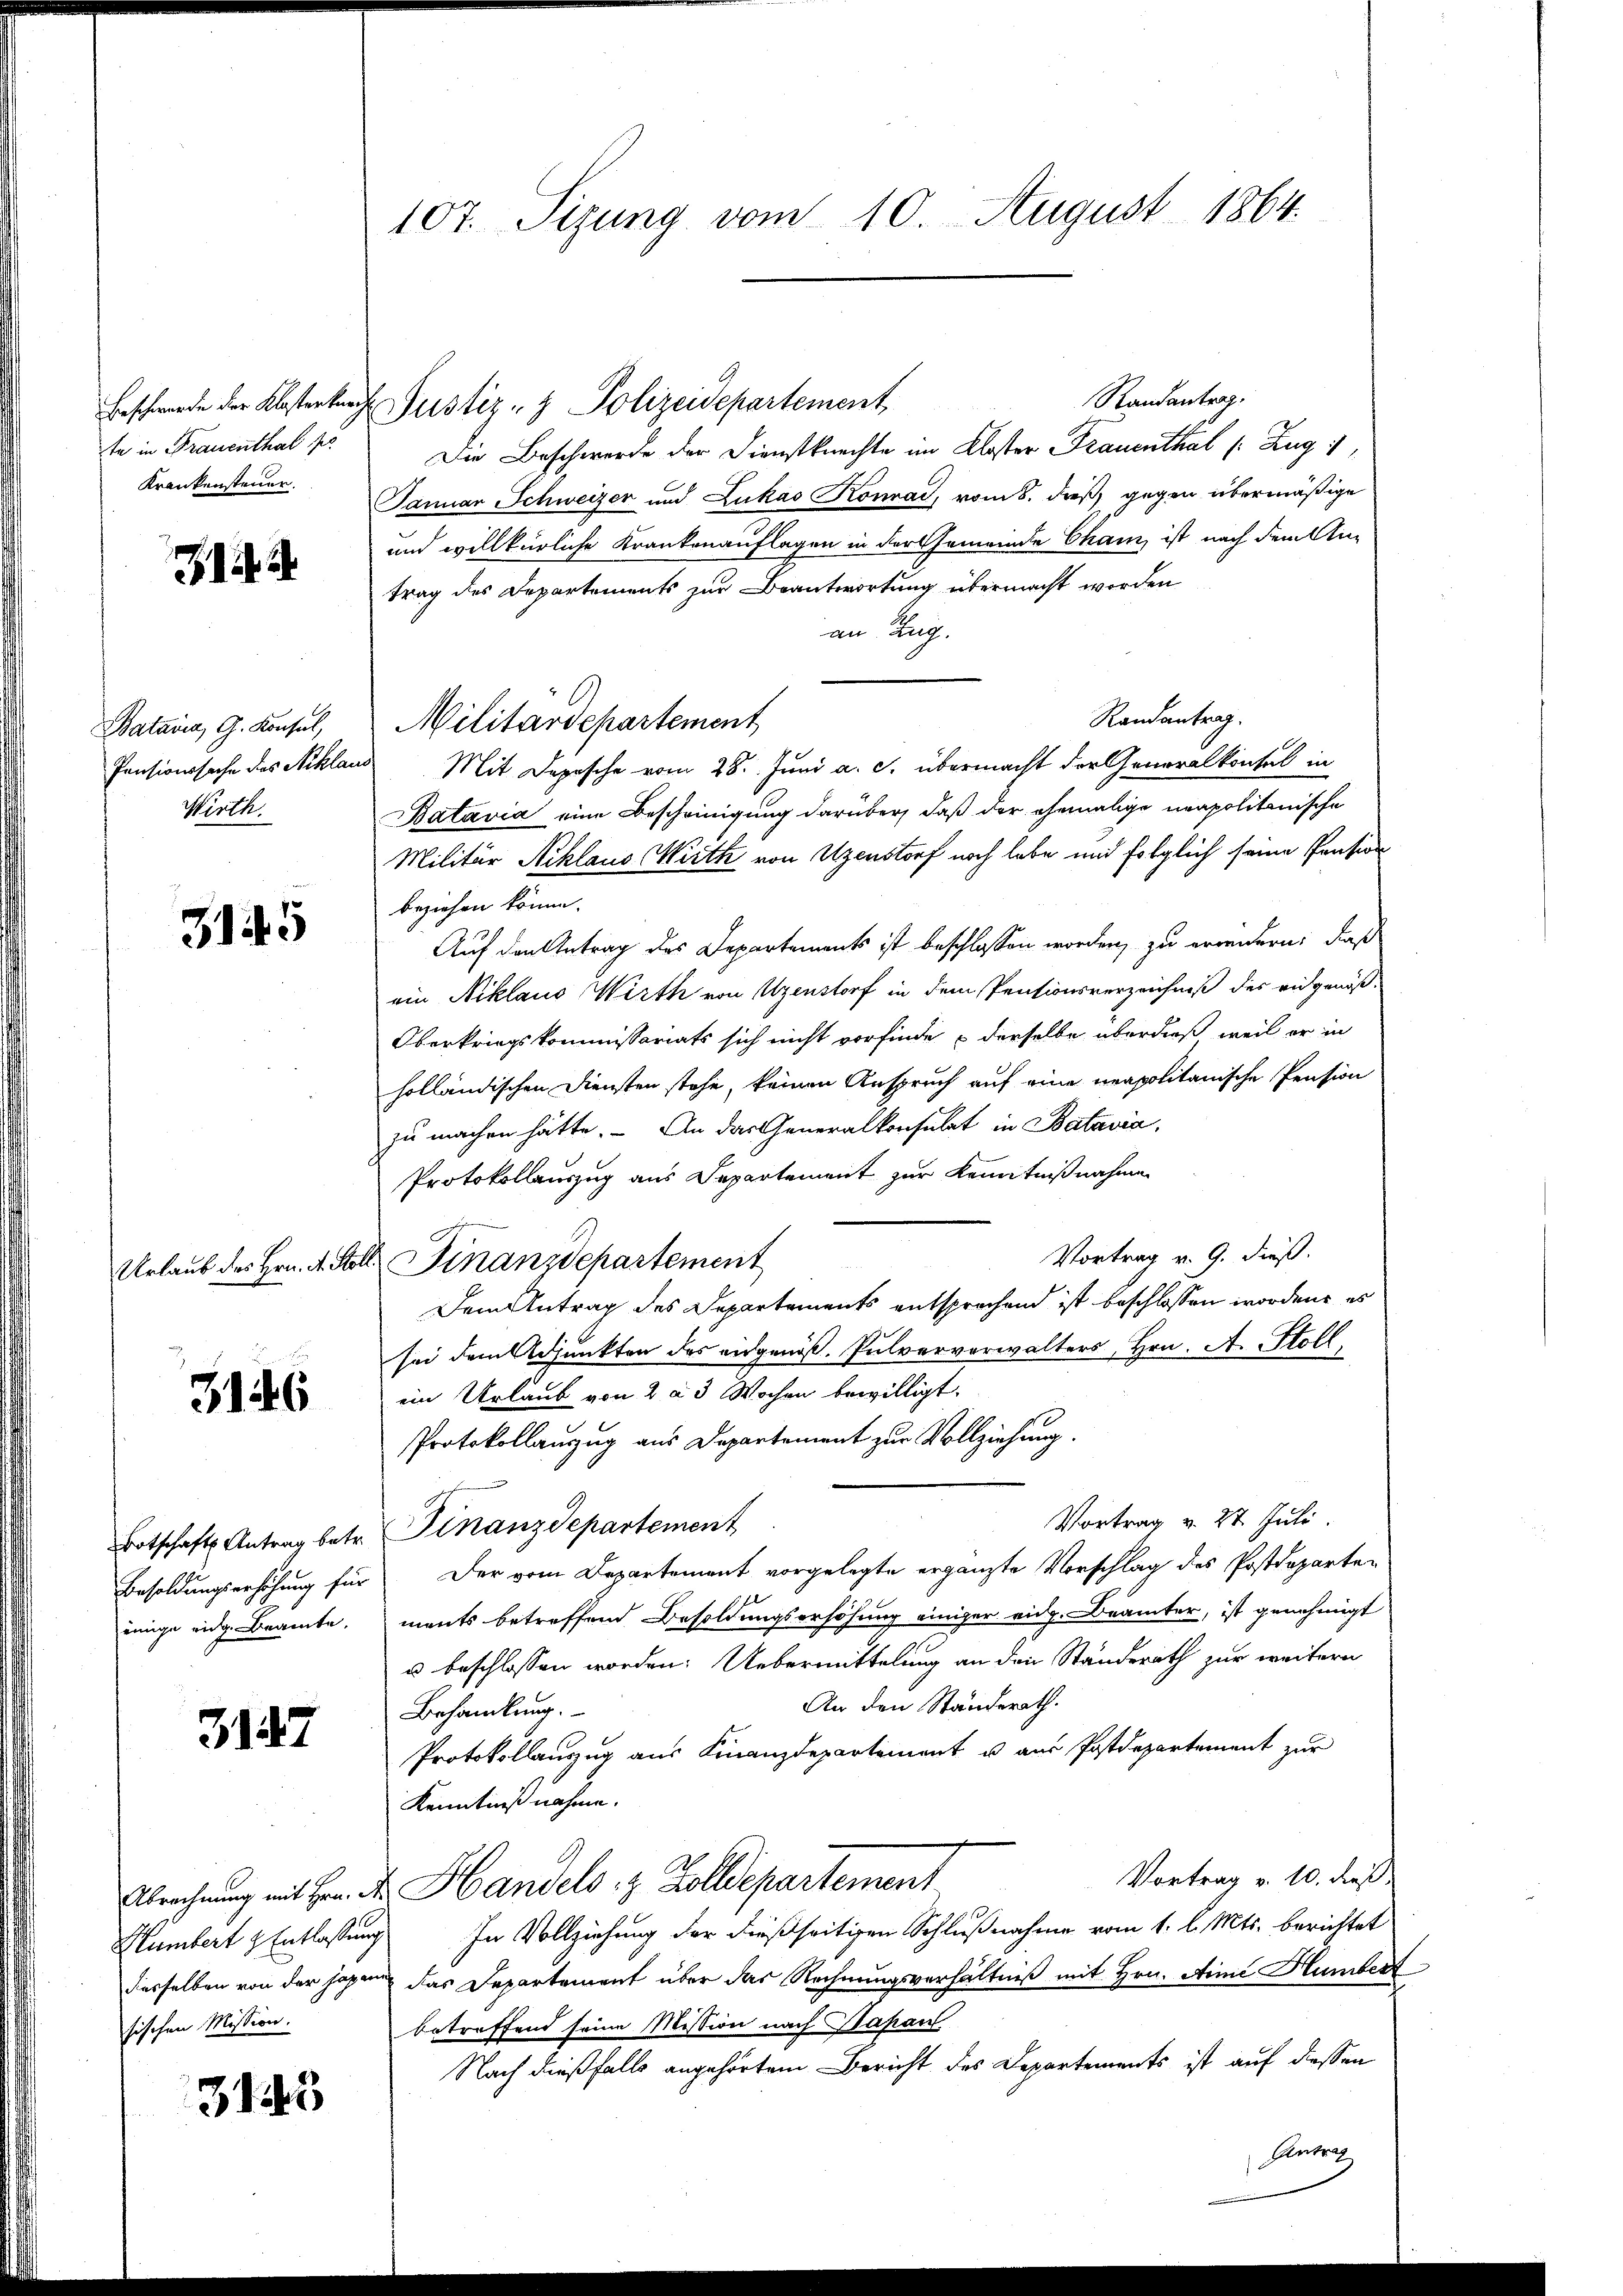
te in Frauenthal po
Krankensteuer.

Batavia, G. Konsul,
Wirth.

3145

3146

3147

Hümbert & Entlaßung
sischen Mission.

313

107. Sizung vom 10. August 1864.

Randantrag.
Beschwerde der Klosterkirche Justiz- & Polizeidepartement
Die Beschwerde der Dienstknechte im Kloster Frauenthal (: Zug 1
Januar Schweizer und Lukas Konrad, vom 8. dieß gegen übermäßige
und willkürliche Krankenauflagen in der Gemeinde Cham, ist nach dem Antrag des Departements zur Beantwortung übermacht worden
an Zug.
Randantrag.
Militärdepartement
Pensionssache des Niklaus Mit Depesche vom 28. Juni a. c. übermacht der Generalkonsul in
Batavia eine Bescheinigung darüber, daß der ehemalige neapolitanische
Militär Niklaus Wirth von Uzenstorf noch habe und folglich seine Pension
beziehen könne.
Auf den Antrag des Departements ist beschlossen worden, zu erwendern: daß
ein Niklaus Wirth von Uzenstorf in dem Pensionsverzeichniß des eidgenöß¬
Oberkriegskommissariats sich nicht vorfinde & derselbe überdieß, weil er in
holländischen Diensten stehe, keinen Anspruch auf eine neapolitanische Pension
zu machen hätte. An das Generalkonsulat in Batavia,
Protokollauszug aus Departement zur Kenntnißnahme
Vortrag v. 9. dieß.
Urlaub des Hrn. A. Soll Finanzdepartement
Dem Antrag des Departements entsprochend ist beschlossen worden, es
sei dem Adjunkten des eidgenöß. Pulververwalters, Hrn. A. Stoll
ein Urlaub von 2 à 3 Wochen bewilligt.
Protokollanzug aus Departement zur Vollziehung.
Vortrag v. 27. Juli.
Botschaft Antrag betr. Finanzdepartement
Besoldungserhöhung für Der vom Departement vorgelegte ergänzte Vorschlag des Postdeparten
einge eidg. Beamte, ments betreffend Besoldungserhöhung einiger eidg. Brämter, ist genehmigt
u beschlossen worden. Uebermittelung an den Ständerath zur weitern
An den Standerath.
Behandlung.
Protokollauszug aus Finanzdepartement u aus Postdepartement zur
Kenntnißnahme.
Vortrag v. 10. dieß
Abrechnung mit Hrn. Der Handels z. Zolldepartement
In Vollziehung der dießseitigen Schlußnahme vom 1. l. Mts. berichtet
desselben von der Hagen das Departement über das Rechnungsverhältniß mit Hrn. Aline Humbert
betreffend seine Mission nach Japan
Nach dießfalls angehörtem Bericht des Departements ist auf diessen

8